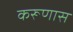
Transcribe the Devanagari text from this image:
करूणास